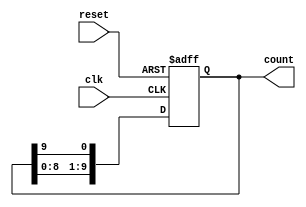
module decade_ring_counter (
    input wire clk,        // Clock input
    input wire reset,      // Asynchronous reset input
    output reg [9:0] count // 10-bit output representing the current count
);

// Initial state
initial begin
    count = 10'b0000000001; // Set to the first state (0000 0001)
end

always @(posedge clk or posedge reset) begin
    if (reset) begin
        count <= 10'b0000000001; // Reset to the first state
    end else begin
        // Shift the '1' bit to the next position in the ring
        count <= {count[8:0], count[9]}; // Circular shift
    end
end

endmodule